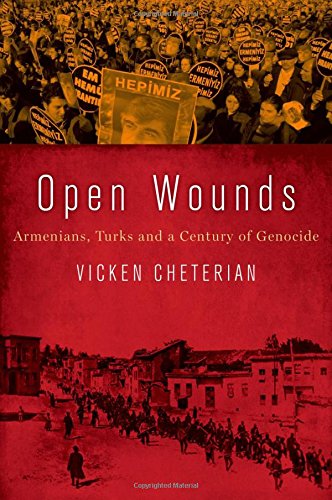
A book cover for Open Wounds: Armenians, Turks and a Century of Genocide; Vicken Cheterian; History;